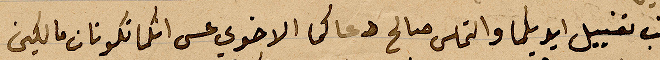
نحب تقبيل ايدكما والتماس صالح دعاكما الاخواي عسى انكما تكونان مالكين